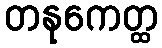
တနုကေတ္ထ